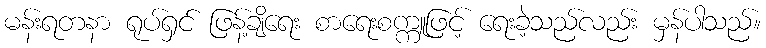
မန်းရတနာ ရုပ်ရှင် ဖြန့်ချိရေး စာရေးစက္ကူဖြင့် ရေးခဲ့သည်လည်း မှန်ပါသည်။